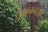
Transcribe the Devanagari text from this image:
लख्ननऊ